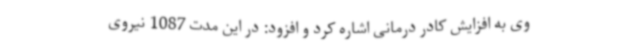
وی به افزایش کادر درمانی اشاره کرد و افزود: در این مدت 1087 نیروی